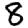
Digit: 8